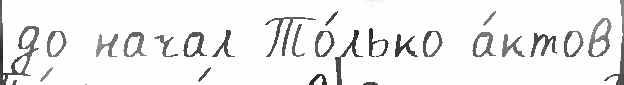
до начал То́лько а́ктов